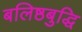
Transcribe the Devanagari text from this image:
बलिष्ठबुद्धि